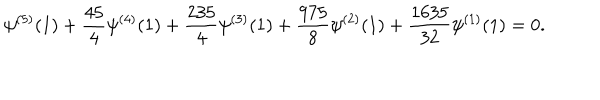
\psi ^ { ( 5 ) } ( 1 ) + \frac { 4 5 } { 4 } \psi ^ { ( 4 ) } ( 1 ) + \frac { 2 3 5 } { 4 } \psi ^ { ( 3 ) } ( 1 ) + \frac { 9 7 5 } { 8 } \psi ^ { ( 2 ) } ( 1 ) + \frac { 1 6 3 5 } { 3 2 } \psi ^ { ( 1 ) } ( 1 ) = 0 .